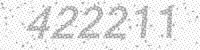
Solution: 422211